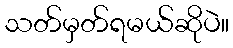
သတ်မှတ်ရမယ်ဆိုပဲ။